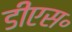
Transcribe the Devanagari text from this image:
डीएस॰